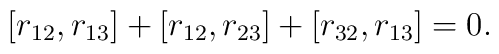
[r_{12},r_{13}]+[r_{12},r_{23}]+[r_{32},r_{13}]=0.